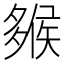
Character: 𡗁